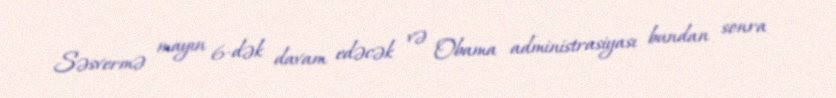
Səsvermə mayın 6-dək davam edəcək və Obama administrasiyası bundan sonra